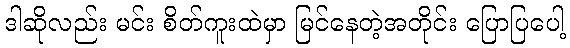
ဒါဆိုလည်း မင်း စိတ်ကူးထဲမှာ မြင်နေတဲ့အတိုင်း ပြောပြပေါ့